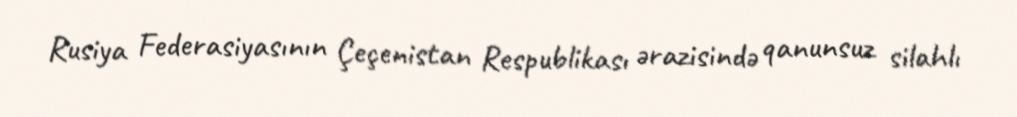
Rusiya Federasiyasının Çeçenistan Respublikası ərazisində qanunsuz silahlı